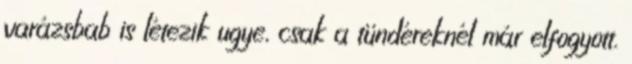
varázsbab is létezik ugye, csak a tündéreknél már elfogyott.